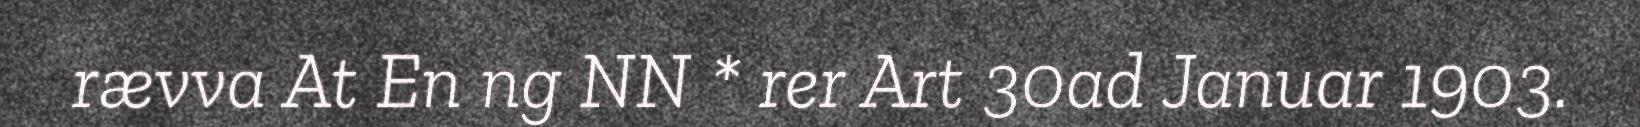
rævva At En ng NN * rer Art 30ad Januar 1903.